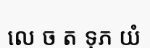
លេ ច ត ទុភ យំ